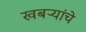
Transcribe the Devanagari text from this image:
खबऱ्यांचे